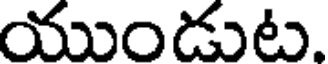
యుండుట.